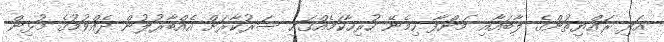
އަދި ރައްޔިތުންގެ ލާބައާއި މަންފާ ހިމެނޭ ހުރިހާކަމެއްގައި ސަރުކާރަށް އެއްބާރުލުން ދެއްވުމުގެ މުޅިން